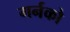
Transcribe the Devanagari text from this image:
गर्नको